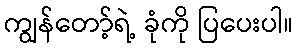
ကျွန်တော့်ရဲ့ ခုံကို ပြပေးပါ။